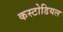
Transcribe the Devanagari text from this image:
कस्टोडियल